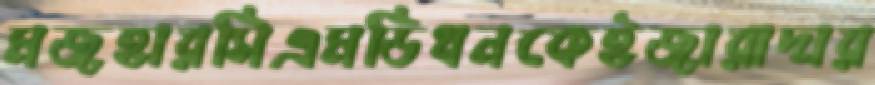
মজহারসিএমডিধনকেইজারাদার